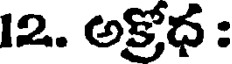
12. అక్రోధ :